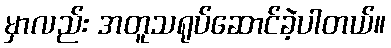
မှာလည်း အတူသရုပ်ဆောင်ခဲ့ပါတယ်။